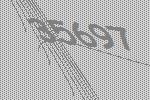
35697